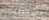
بمطاردة